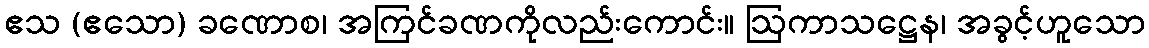
ဧသ (ဧသော) ခဏောစ၊ အကြင်ခဏကိုလည်းကောင်း။ ဩကာသဋ္ဌေန၊ အခွင့်ဟူသော